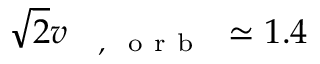
\sqrt 2 v _ { \mathrm { ~ \rightmoon ~ , ~ \mathrm { ~ o ~ r ~ b ~ } ~ } } \simeq 1 . 4